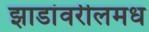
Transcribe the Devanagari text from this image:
झाडांवरीलमध